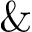
\&